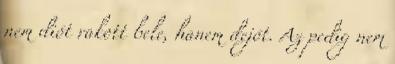
nem diót rakott bele, hanem dejót. Az pedig nem